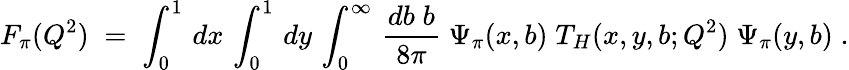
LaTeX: F_{\pi}(Q^{2})\; =\; \int_{0}^{1}\, dx\, \int_{0}^{1}\, dy\, \int_{0}^{\infty}\, {\frac{db\; b}{8\pi}}\; \Psi_{\pi}(x,b)\; T_{H}(x,y,b;Q^{2})\; \Psi_{\pi}(y,b)\; .